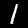
Digit: 1